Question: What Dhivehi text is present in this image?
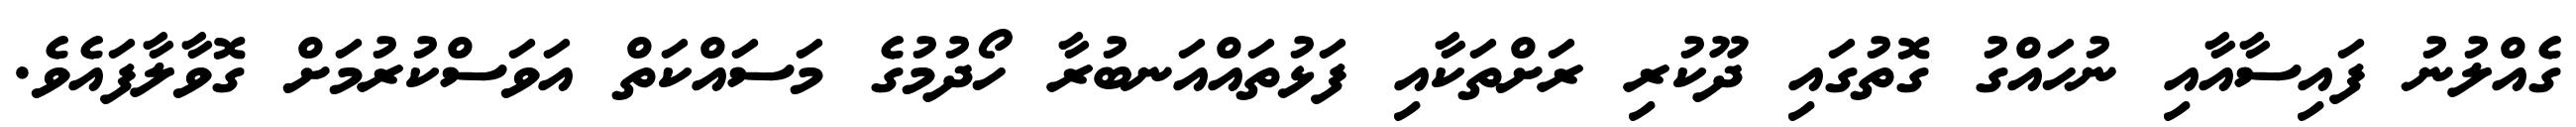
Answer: ގެއްލުނު ފައިސާއާއި ނުހައްގު ގޮތުގައި ދޫކުރި ރަށްތަކާއި ފަޅުތައްއަނބުރާ ހޯދުމުގެ މަސައްކަތް އަވަސްކުރުމަށް ގޮވާލާފައެވެ.